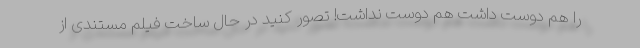
را هم دوست داشت هم دوست نداشت! تصور کنید در حال ساخت فیلم مستندی از